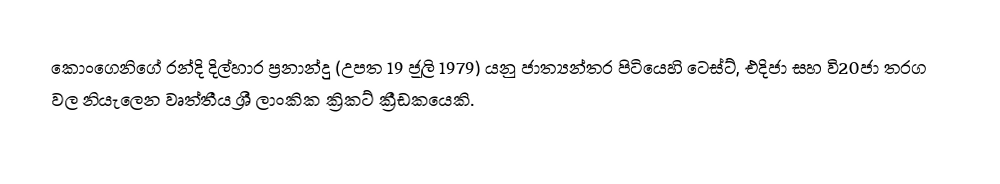
කොංගෙනිගේ රන්දි දිල්හාර ප්‍රනාන්දු (උපත 19 ජූලි 1979) යනු ජාත්‍යන්තර පිටියෙහි  ටෙස්ට්, එදිජා සහ වි20ජා තරග වල නියැලෙන වෘත්තීය ශ්‍රී ලාංකික ක්‍රිකට් ක්‍රීඩකයෙකි.